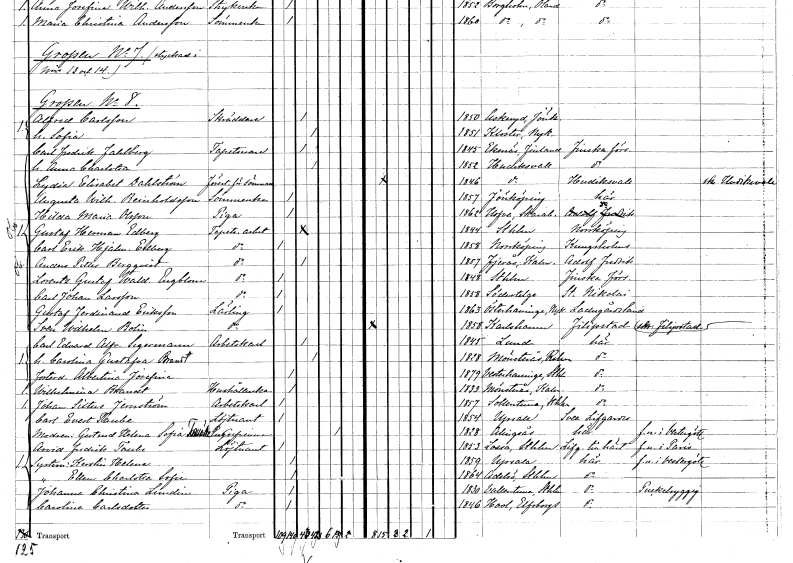
gt_parse: households: individuals: FN: Alfred
EN: Carlsson
YRKE: Skräddare
KON: M
CIV: G
FODAR: 1850
FODFORS: Askeryd Jönköpings län
FN: Sofia
KON: K
CIV: G
FODAR: 1851
FODFORS: Eskilstuna Kloster Södermanlands län
FN: Carl Fredrik
EN: Fahlberg
YRKE: Tapetserare
KON: M
CIV: G
FODAR: 1845
FN: Anna Charlotta
KON: K
CIV: G
FODAR: 1852
FODFORS: Hudiksvall Gävleborgs län
FN: Lydia Elisabet
EN: Dahlström
YRKE: Förestånderska för sömnad
KON: K
CIV: O
FODAR: 1846
FODFORS: Hudiksvall Gävleborgs län
FN: Augusta Wilhelmina
EN: Reinholdsson
YRKE: Sömmerska
KON: K
CIV: O
FODAR: 1857
FODFORS: Jönköping Jönköpings län
FN: Hilda Maria
EN: Olsson
YRKE: Piga
KON: K
CIV: O
FODAR: 1862
FODFORS: Hova Skaraborgs län
FN: Gustaf Herman
EN: Edberg
YRKE: Tapetseriarbetare
KON: M
CIV: G
FODAR: 1844
FODFORS: Stockholm
FN: Carl Erik Hjalmar
EN: Edberg
YRKE: Tapetseriarbetare
KON: M
CIV: O
FODAR: 1858
FODFORS: Norrköping Östergötlands län
FN: Anders Petter
EN: Bergqvist
YRKE: Tapetseriarbetare
KON: M
CIV: G
FODAR: 1857
FODFORS: Fjärås Hallands län
FN: Lorentz Gustaf Waldemar
EN: Engblom
YRKE: Tapetseriarbetare
KON: M
CIV: O
FODAR: 1848
FODFORS: Stockholm
FN: Carl Johan
EN: Larsson
YRKE: Tapetseriarbetare
KON: M
CIV: O
FODAR: 1858
FODFORS: Södertälje Stockholms län
FN: Gustaf Ferdinand
EN: Eriksson
YRKE: Lärling
KON: M
CIV: O
FODAR: 1863
FODFORS: Österhaninge Stockholms län
FN: Sven Wilhelm
EN: Bolin
YRKE: Lärling
KON: M
CIV: O
FODAR: 1858
FODFORS: Karlshamn Blekinge län
FN: Carl Edvard Alfred
EN: Segermann
YRKE: Arbetskarl
KON: M
CIV: G
FODAR: 1845
FODFORS: Lund Malmöhus län
FN: Carolina Gustafva
EN: Brandt
KON: K
CIV: G
FODAR: 1828
FODFORS: Mönsterås Kalmar län
FN: Albertina Josefina
KON: K
CIV: O
FODAR: 1879
FODFORS: Västerhaninge Stockholms län
FN: Wilhelmina
EN: Brandt
YRKE: Hushållerska
KON: K
CIV: O
FODAR: 1833
FODFORS: Mönsterås Kalmar län
FN: Johan Sixtus
EN: Jernström
YRKE: Arbetskarl
KON: M
CIV: O
FODAR: 1857
FODFORS: Sollentuna Stockholms län
FN: Carl Evert
EN: Taube
YRKE: Löjtnant
KON: M
CIV: O
FODAR: 1854
FODFORS: Uppsala Uppsala län
FN: Gertrud Helena Sofia
EN: Taube
KON: K
CIV: E
FODAR: 1828
FODFORS: Alingsås Älvsborgs län
FN: Arvid Fredrik
EN: Taube
YRKE: Löjtnant
KON: M
CIV: O
FODAR: 1853
FODFORS: Lossa Stockholms län
FN: Kerstin Helena
KON: K
CIV: O
FODAR: 1859
FODFORS: Uppsala Uppsala län
FN: Ellen Charlotta Sofia
KON: K
CIV: O
FODAR: 1864
FODFORS: Adelsö Stockholms län
FN: Johanna Christina
EN: Lundin
YRKE: Piga
KON: K
CIV: O
FODAR: 1830
FODFORS: Vallentuna Stockholms län
FN: Carolina
EN: Carlsdotter
YRKE: Piga
KON: K
CIV: O
FODAR: 1846
FODFORS: Hol Älvsborgs län